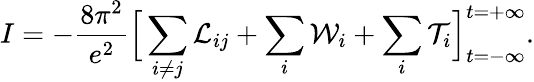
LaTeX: I=-\frac{8\pi^{2}}{e^{2}}\Big[\sum_{i\neq j}{\cal L}_{ij}+\sum_{i}{\cal W}_{i}+\sum_{i}{\cal T}_{i}\Big]_{t=-\infty}^{t=+\infty}.